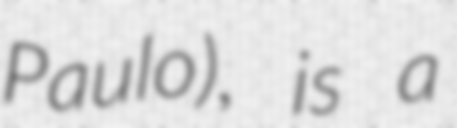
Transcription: Paulo), is a